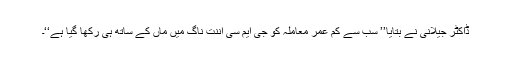
ڈاکٹر جیلانی نے بتایا’’ سب سے کم عمر معاملہ کو جی ایم سی اننت ناگ میں ماں کے ساتھ ہی رکھا گیا ہے‘‘۔